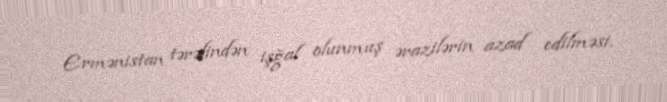
Ermənistan tərəfindən işğal olunmuş ərazilərin azad edilməsi.